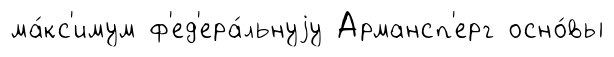
ма́кс'имум ф'ед'ера́льнуjу Армансп'ерг осно́вы